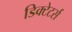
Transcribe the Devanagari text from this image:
डिक्टेटर्स